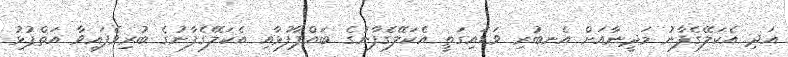
އަދި އެކަލޭގެފާނު މަދީނާއަށް އެނބުރި ވަޑައިގަތީ އެކަލޭގެފާނުގެ ބައްޕާފުޅާއި އެކަލޭގެފާނުގެ ބުރިވެފައިވާ އަތްޕުޅު